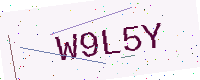
Text: W9L5Y